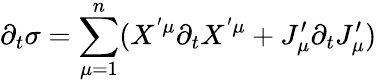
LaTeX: \partial_{t}\sigma=\sum_{\mu=1}^{n}(X^{'\mu}\partial_{t}X^{'\mu}+J_{\mu}^{\prime}\partial_{t}J_{\mu}^{\prime})